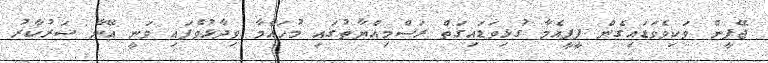
ޖޭޕީން ވަކިވެވަޑައިގެން ޕީޕީއެމާ ގުޅިވަޑައިގަތް ރަސްމިއްޔާތުގައި މުހައްމާ ވިދާޅުވެފައި ވަނީ އޭނާ ސަރުކާރު